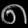
Digit: ၈